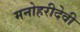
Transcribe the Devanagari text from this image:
मनोहरीदेवी